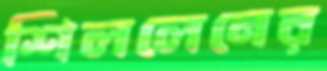
শিললেনের